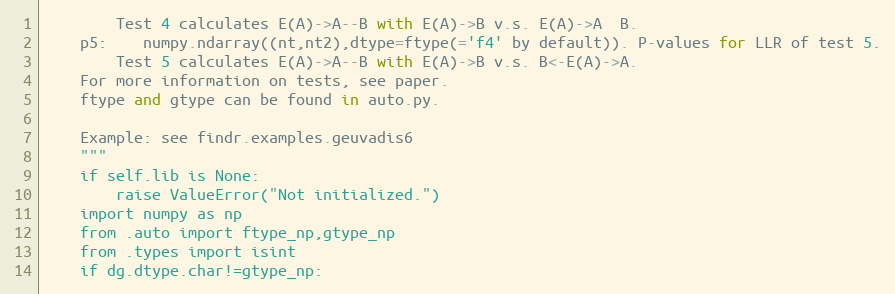
Language: Python
		Test 4 calculates E(A)->A--B with E(A)->B v.s. E(A)->A  B.
	p5:	numpy.ndarray((nt,nt2),dtype=ftype(='f4' by default)). P-values for LLR of test 5.
		Test 5 calculates E(A)->A--B with E(A)->B v.s. B<-E(A)->A.
	For more information on tests, see paper.
	ftype and gtype can be found in auto.py.

	Example: see findr.examples.geuvadis6
	"""
	if self.lib is None:
		raise ValueError("Not initialized.")
	import numpy as np
	from .auto import ftype_np,gtype_np
	from .types import isint
	if dg.dtype.char!=gtype_np: